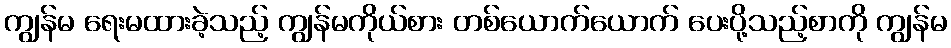
ကျွန်မ ရေးမထားခဲ့သည့် ကျွန်မကိုယ်စား တစ်ယောက်ယောက် ပေးပို့သည့်စာကို ကျွန်မ